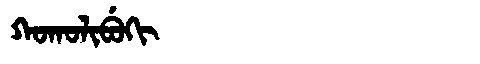
Manchu: ᡴᠣᡴᠣᠯᡳᠪᡠᡴᡳ
Romanization: KOKOLIBUKI